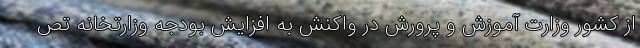
از کشور وزارت آموزش و پرورش در واکنش به افزایش بودجه وزارتخانه تص